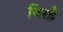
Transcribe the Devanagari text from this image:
बिरहै